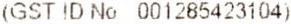
(GST ID NO 001285423104)